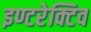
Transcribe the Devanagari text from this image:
इण्टरेक्टिव